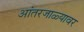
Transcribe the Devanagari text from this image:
आंतरजाळ्यावर